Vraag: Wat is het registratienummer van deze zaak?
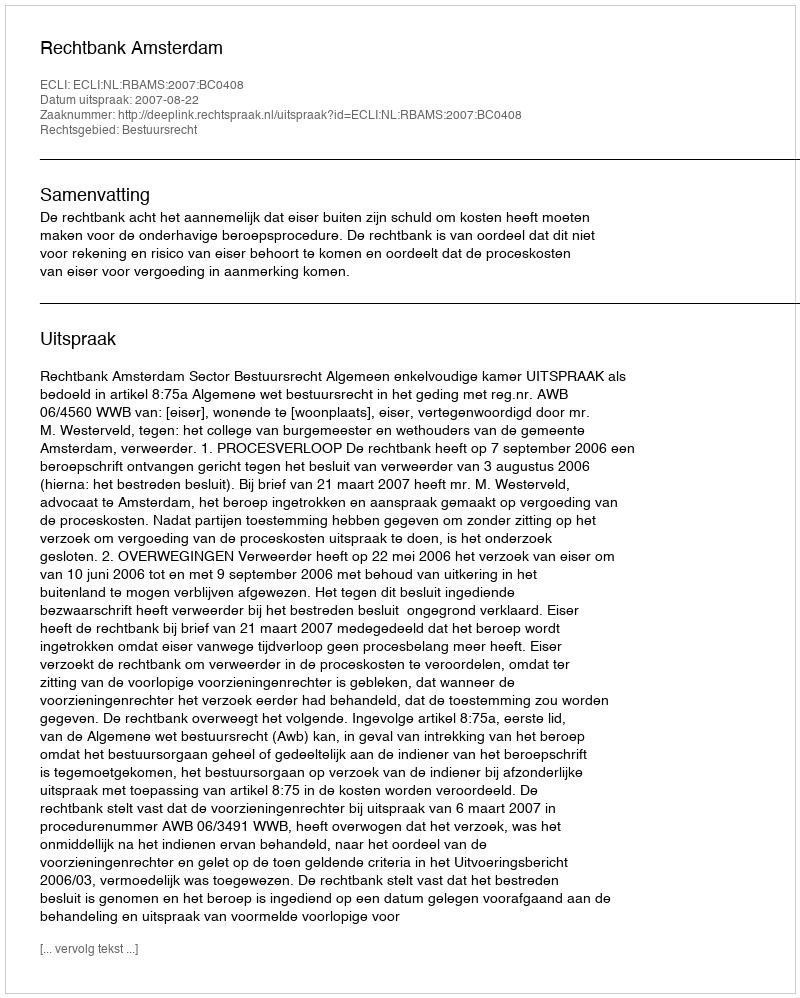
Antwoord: http://deeplink.rechtspraak.nl/uitspraak?id=ECLI:NL:RBAMS:2007:BC0408